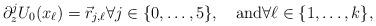
LaTeX: \begin{align*}\partial_z^j U_{0}(x_\ell)=\vec r_{j,\ell}\forall j\in \{0,\dots, 5\},\quad\mbox{and}\forall \ell\in\{1,\dots, k\},\end{align*}